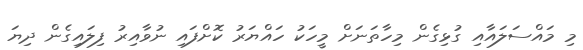
މި މައްސަލައާއި ގުޅިގެން މިހާތަނަށް މީހަކު ހައްޔަރު ކޮށްފައި ނުވާއިރު ފިލައިގެން ދިޔަ